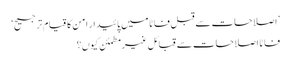
’اصلاحات سے قبل فاٹا میں پائیدار امن کا قیام ترجیح‘
فاٹا اصلاحات سے قبائل غیرمطمئن کیوں؟